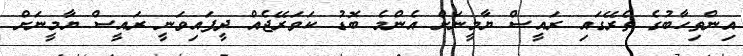
އިންތިހާބުގެ ތެރޭގައި ރައީސް ޔާމީނަށް އެންމެ ބޮޑު ކަވަރޭޖެއް ދީފައިވަނީ ރައީސް ޔާމީނަށް